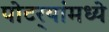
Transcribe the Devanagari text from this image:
पोटर्‍यांमध्ये